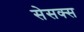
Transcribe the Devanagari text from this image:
सेसक्स